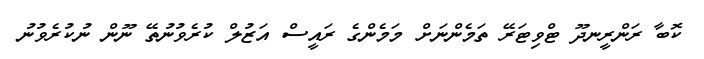
ކޮބާ ރަންރީނދޫ ޓްވިޓަރޭ ތަމެންނަށް މަމެންގެ ރައީސް އަޒުލް ކުރެވުނުތޭ ނޫން ނުކުރެވުނު